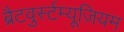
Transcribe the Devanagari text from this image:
ब्रैटवुर्स्टम्यूज़ियम